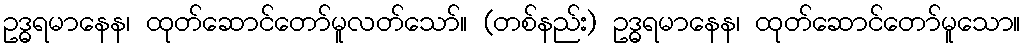
ဥဒ္ဓရမာနေန၊ ထုတ်ဆောင်တော်မူလတ်သော်။ (တစ်နည်း) ဥဒ္ဓရမာနေန၊ ထုတ်ဆောင်တော်မူသော။